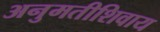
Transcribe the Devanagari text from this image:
अनुमतीशिवाय